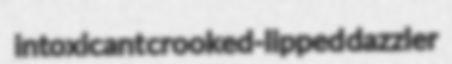
intoxicant crooked-lipped dazzler